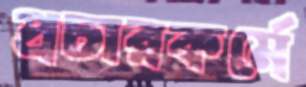
প্রচারকর্মে